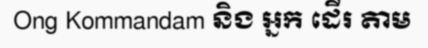
Ong Kommandam និង អ្នក ដើរ តាម